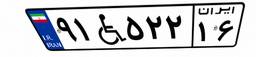
۹۱W۵۲۲۱۶